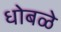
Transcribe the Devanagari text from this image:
धोबळे